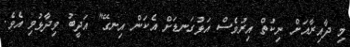
މި ދާއިރާއަށް ނިކުތް އިރުވެސް އަޅުގަނޑަށް އެކަން އިނގޭ" އަދީބު ވިދާޅުވި އެވެ.